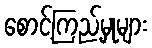
စောင့်ကြည့်မှုများ